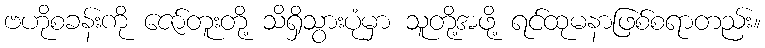
ဗဟိုစခန်းကို ဇော်တူးတို့ သိရှိသွားပုံမှာ သူတို့အဖို့ ရင်ထုမနာဖြစ်စရာတည်း။